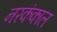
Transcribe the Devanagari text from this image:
नरकंकाल